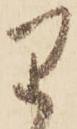
り